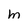
Character: M